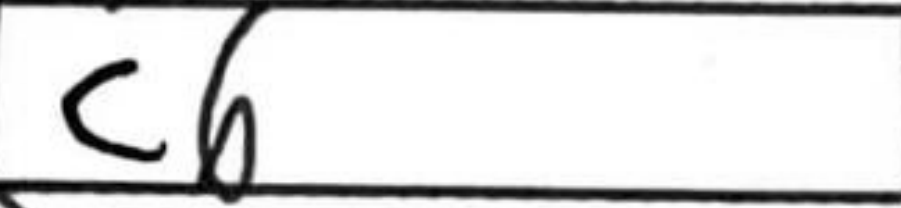
Transcription: Nc6